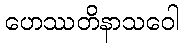
ဟေဿတိနာသဝေါ